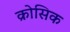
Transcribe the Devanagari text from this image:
क्रोसिक